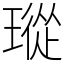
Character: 瑽